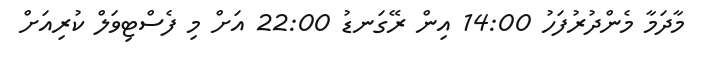
މާދަމާ މެންދުރުފަހު 14:00 އިން ރޭގަނޑު 22:00 އަށް މި ފެސްޓިވަލް ކުރިއަށް